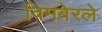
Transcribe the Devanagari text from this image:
विमबेरले